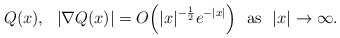
\begin{align*}Q(x),\ \ |\nabla Q(x)|=O\Big(|x|^{-\frac{1}{2}}e^{-|x|}\Big)\ \ {\rm as}\ \ |x|\to\infty.\end{align*}